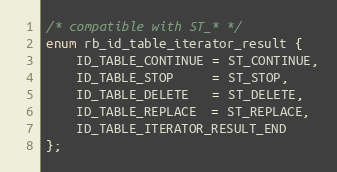
Language: C
/* compatible with ST_* */
enum rb_id_table_iterator_result {
    ID_TABLE_CONTINUE = ST_CONTINUE,
    ID_TABLE_STOP     = ST_STOP,
    ID_TABLE_DELETE   = ST_DELETE,
    ID_TABLE_REPLACE  = ST_REPLACE,
    ID_TABLE_ITERATOR_RESULT_END
};